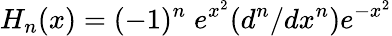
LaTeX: H_{n}(x)=(-1)^{n}\; e^{x^{2}}(d^{n}/dx^{n})e^{-x^{2}}